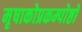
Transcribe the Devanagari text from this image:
मृषाकोप्रकम्पोष्ठो